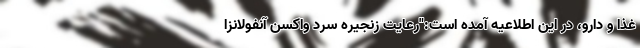
غذا و دارو، در این اطلاعیه آمده است:"رعایت زنجیره سرد واکسن آنفولانزا